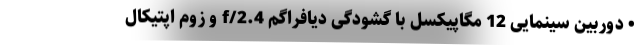
• دوربین سینمایی 12 مگاپیکسل با گشودگی دیافراگم f/2.4 و زوم اپتیکال